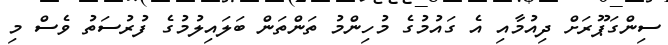
ސިންގަޕޫރަށް ދިއުމާއި އެ ގައުމުގެ މުހިންމު ތަންތަން ބަލައިލުމުގެ ފުރުސަތު ވެސް މި